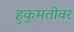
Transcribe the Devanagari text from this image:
हुकुमतीवर